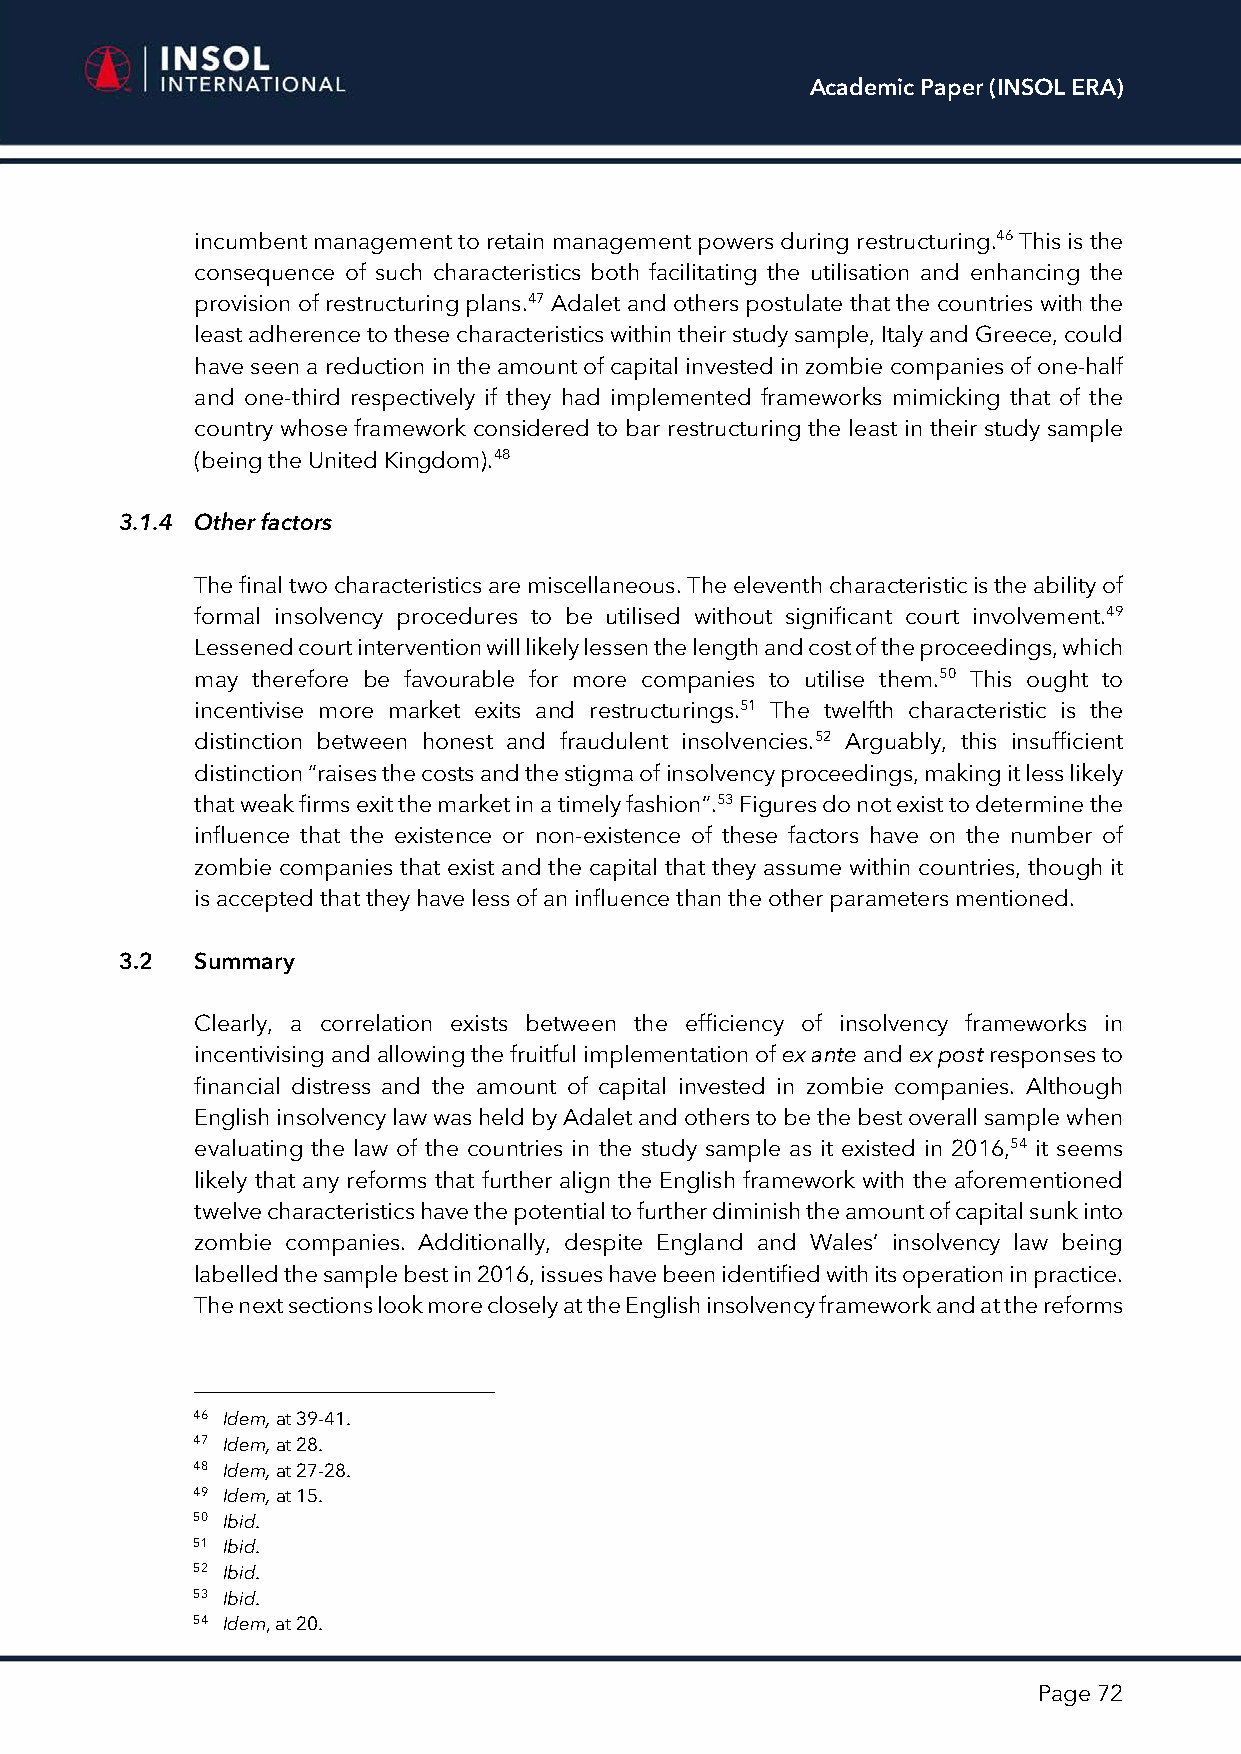
Academic Paper (INSOL ERA)
 incumbent management to retain management powers during restructuring.46 This is the
 consequence of such characteristics both facilitating the utilisation and enhancing the
 provision of restructuring plans.47 Adalet and others postulate that the countries with the
 least adherence to these characteristics within their study sample, Italy and Greece, could
 have seen a reduction in the amount of capital invested in zombie companies of one-half
 and one-third respectively if they had implemented frameworks mimicking that of the
 country whose framework considered to bar restructuring the least in their study sample
 (being the United Kingdom).48
 3.1.4 Other factors
 The final two characteristics are miscellaneous. The eleventh characteristic is the ability of
 formal insolvency procedures to be utilised without significant court involvement.49
 Lessened court intervention will likely lessen the length and cost of the proceedings, which
 may therefore be favourable for more companies to utilise them.50 This ought to
 incentivise more market exits and restructurings.51 The twelfth characteristic is the
 distinction between honest and fraudulent insolvencies.52 Arguably, this insufficient
 distinction “raises the costs and the stigma of insolvency proceedings, making it less likely
 that weak firms exit the market in a timely fashion”.53 Figures do not exist to determine the
 influence that the existence or non-existence of these factors have on the number of
 zombie companies that exist and the capital that they assume within countries, though it
 is accepted that they have less of an influence than the other parameters mentioned.
 3.2  Summary
 Clearly, a correlation exists between the efficiency of insolvency frameworks in
 incentivising and allowing the fruitful implementation of ex ante and ex post responses to
 financial distress and the amount of capital invested in zombie companies. Although
 English insolvency law was held by Adalet and others to be the best overall sample when
 evaluating the law of the countries in the study sample as it existed in 2016,54 it seems
 likely that any reforms that further align the English framework with the aforementioned
 twelve characteristics have the potential to further diminish the amount of capital sunk into
 zombie companies. Additionally, despite England and Wales’ insolvency law being
 labelled the sample best in 2016, issues have been identified with its operation in practice.
 The next sections look more closely at the English insolvency framework and at the reforms
 46 Idem, at 39-41.
 47 Idem, at 28.
 48 Idem, at 27-28.
 49 Idem, at 15.
 50 Ibid.
 51 Ibid.
 52 Ibid.
 53 Ibid.
 54 Idem, at 20.
 Page 72